Bréfritari: Klemens Björnsson
Viðtakandi: Jón Borgfirðings Jónsson
Dagsetning: A-1859-11-11
Skrifað á: Brekka  Gull.

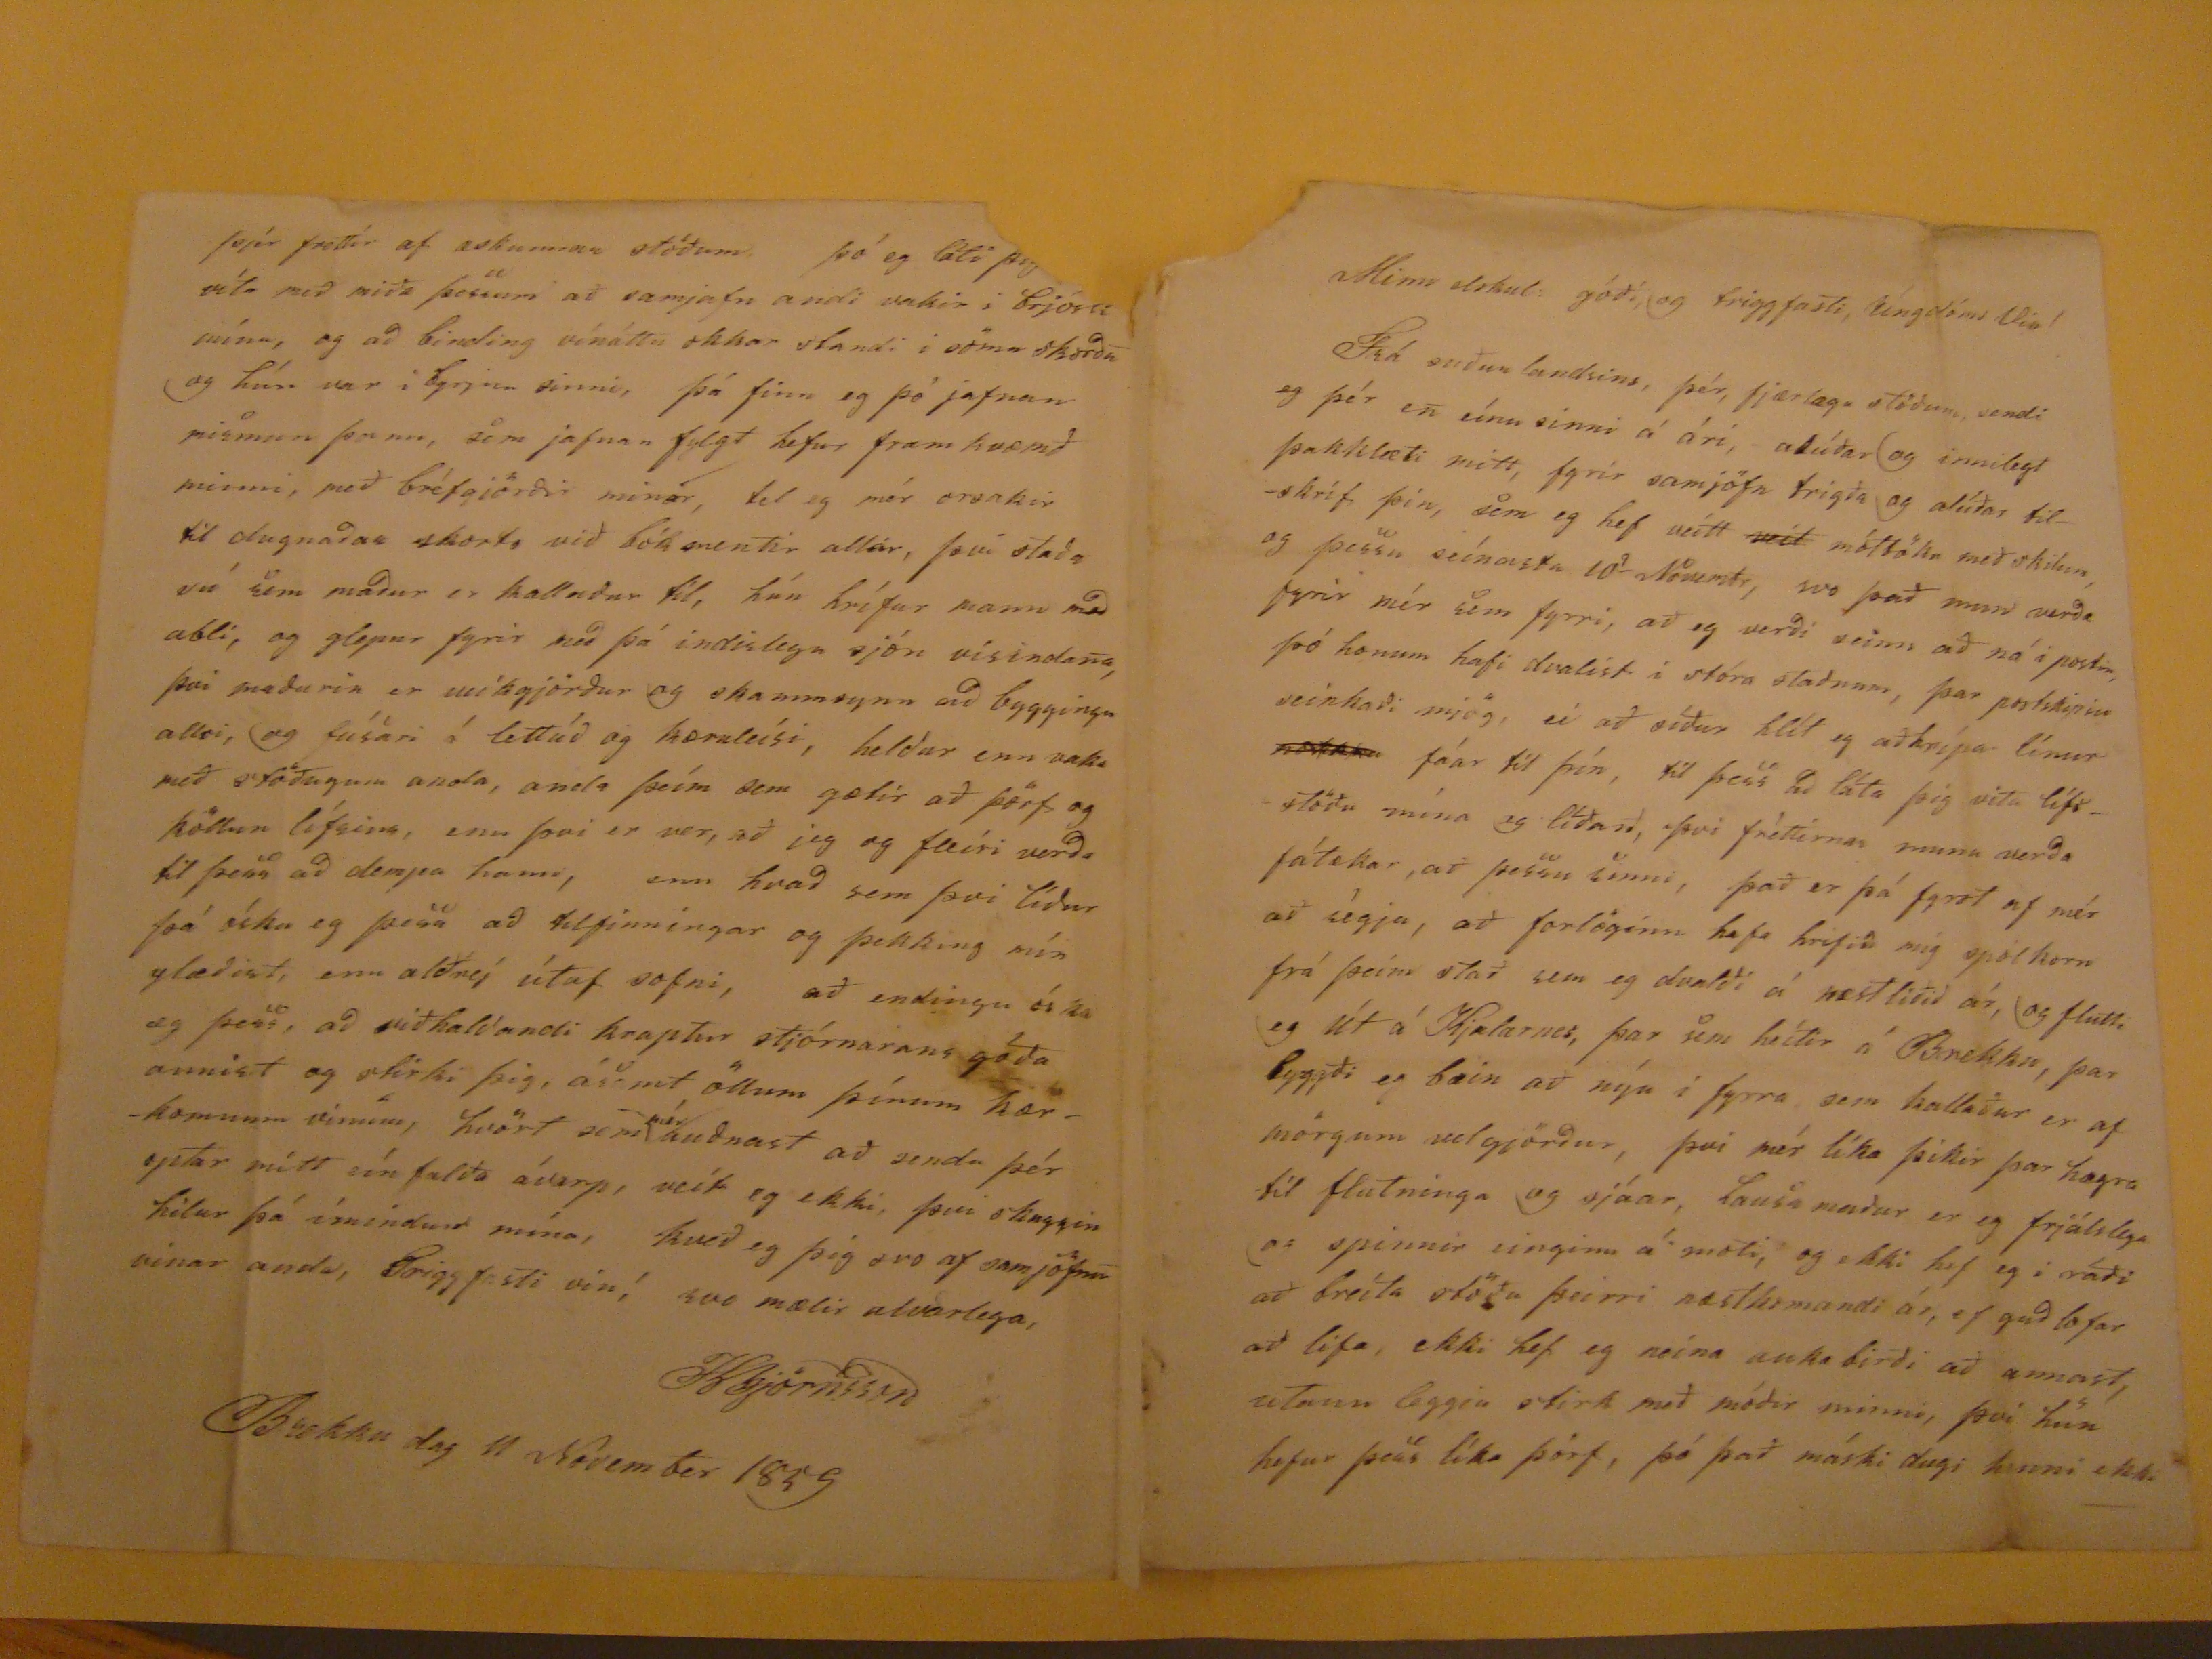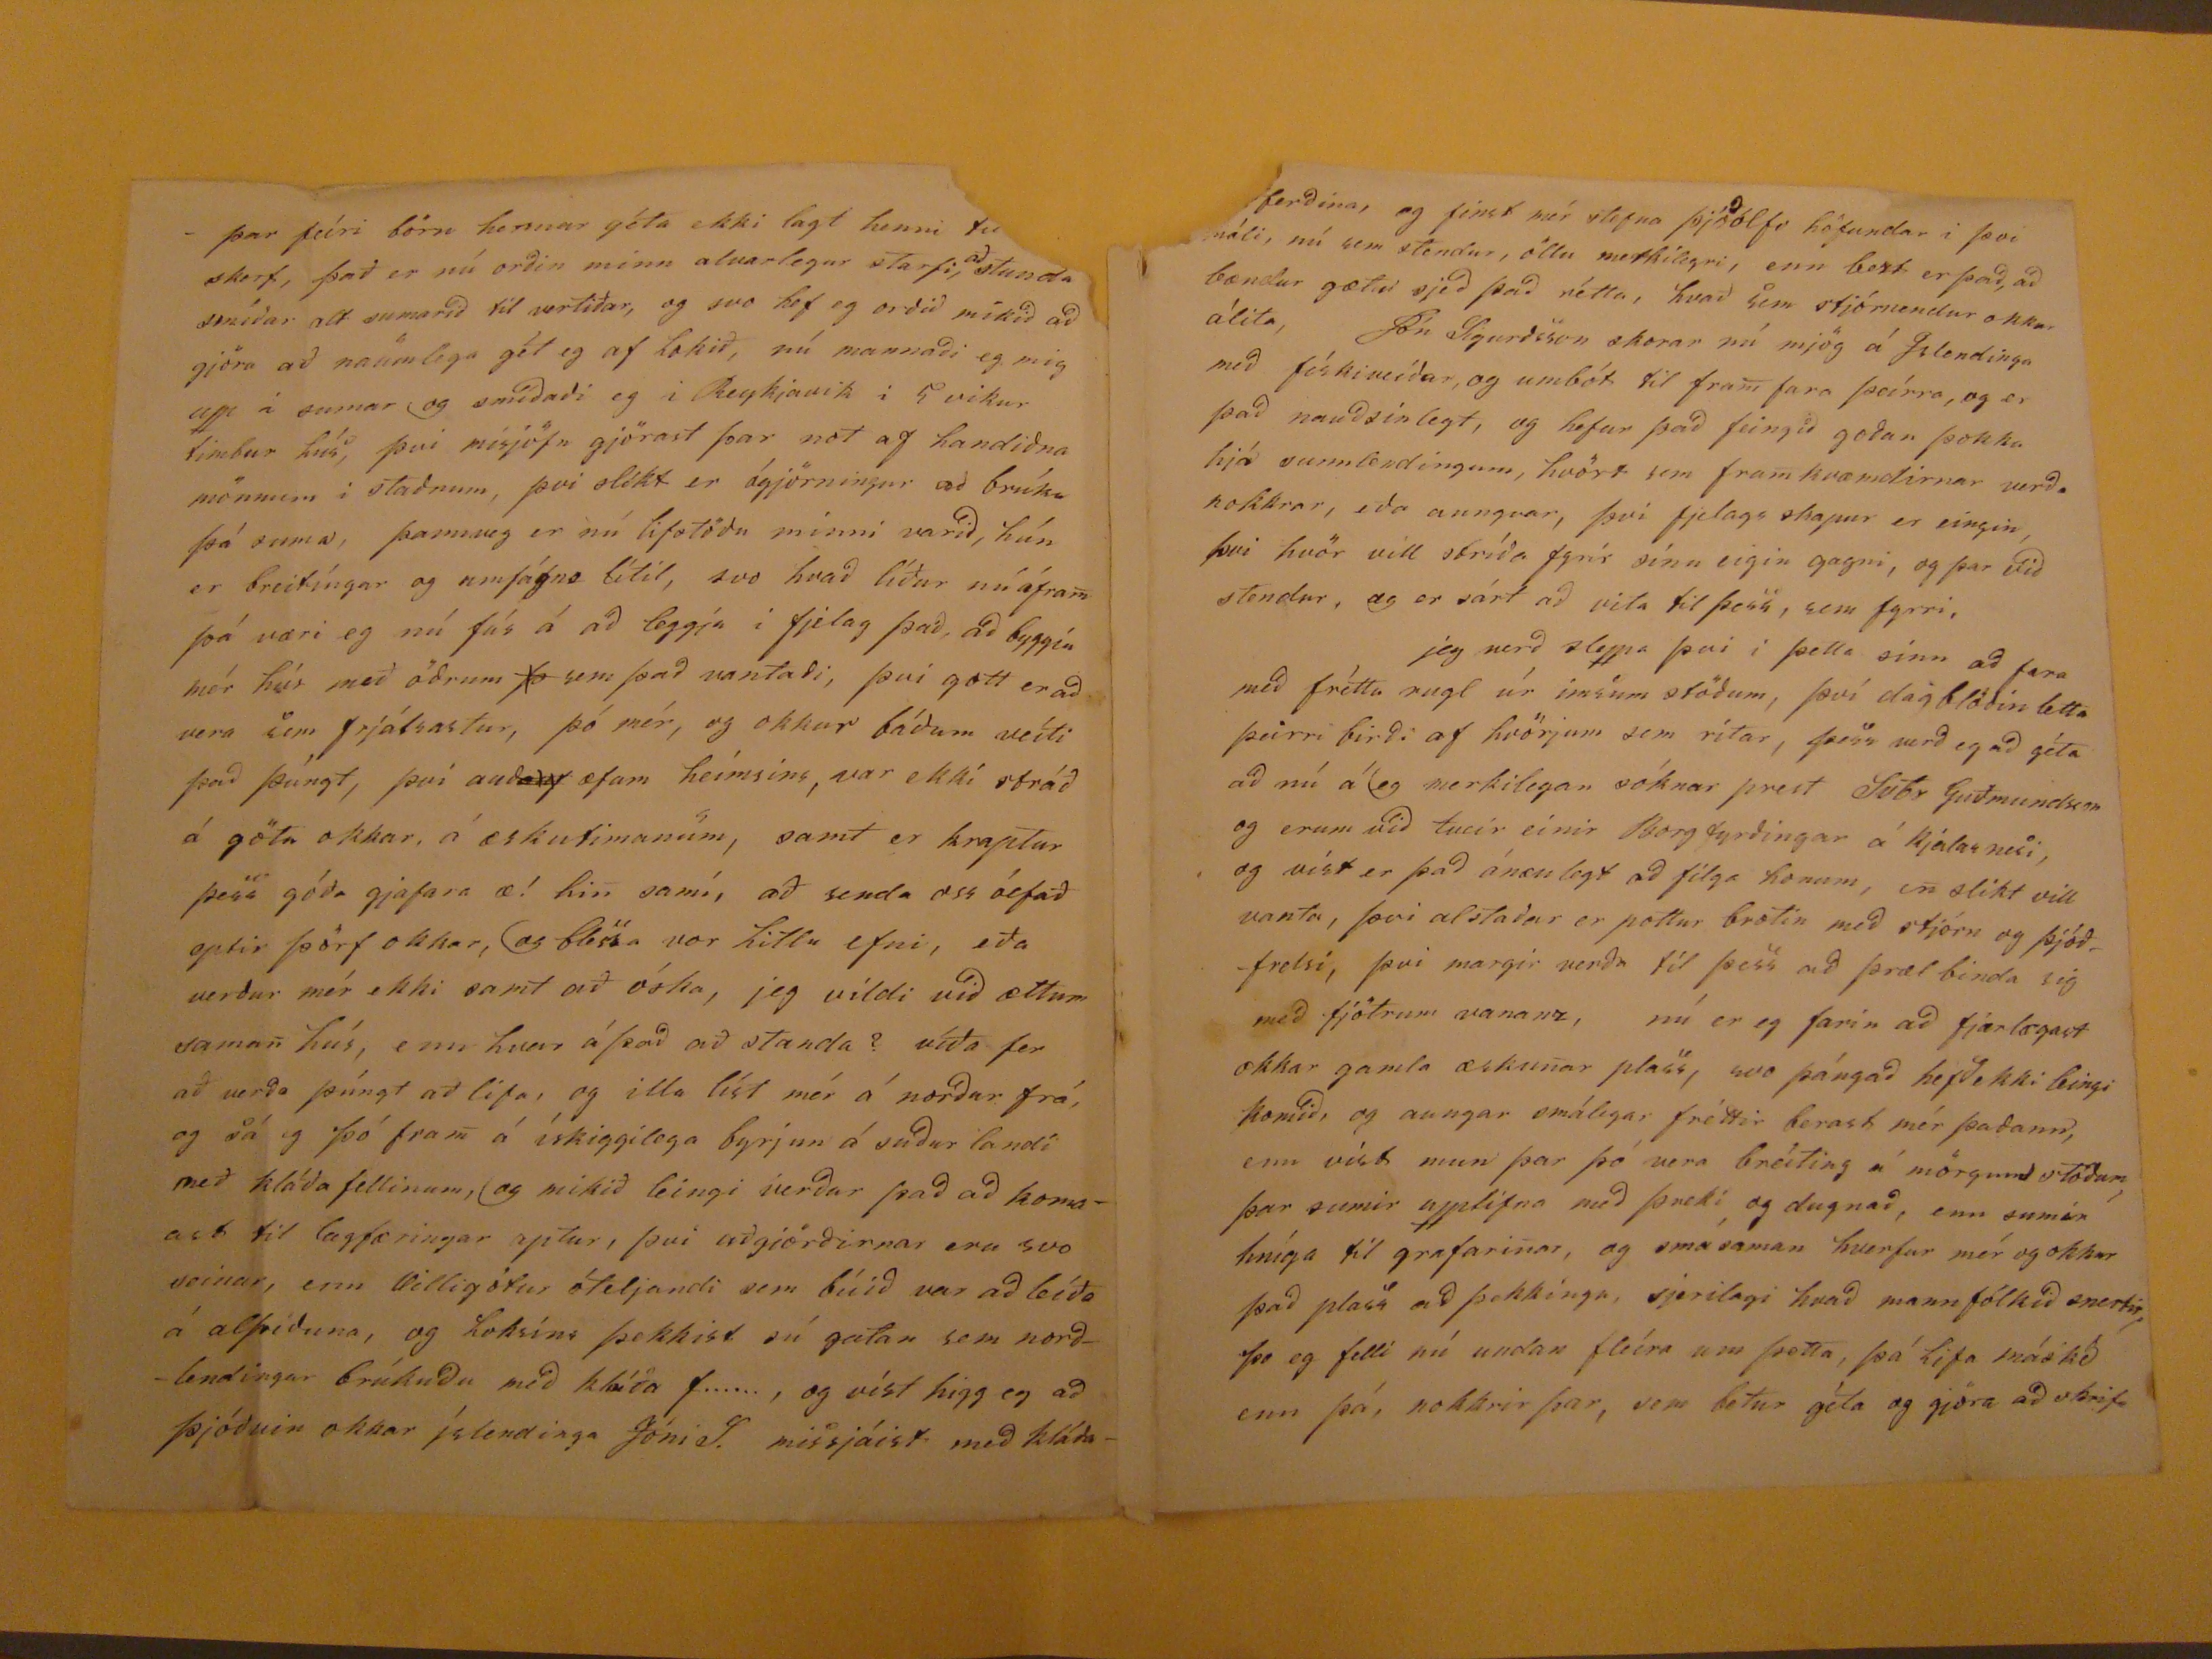

Minn elskul: góði, og triggfasti, Úngdóms Vin!
Frá suður landsins, þér, fjærlægu stöðum sendi eg þér en eínu sinni á ári, alúðar og inniegt þakklæti minn, fyrir samjöfn trigða og alúðar tilskrif þin, sem eg hef veitt
veit
móttöku með skilum, og þessu seínasta 10
a
Nóvembr, svo það mun verða fyrir mér sem fyrri, að eg verði seinn að ná i postin, þó honum hafi dvalist i stóra staðnum, þar postskipin seinkaði mjög, ei að síður hlít eg að krípa línur
nokkra
fáar til þín, til þess að láta þig vita lífsstöðu mína og líðan, þvi fréttirnar munu verða fátækar, að þessu sinni, það er þá fyrst af mér að ségja, að forlöginn hafa hrifið mig spölkorn frá þeim stað sem eg dvalði á næstliðið ár, og flutti eg út á Kjalarnes, þar sem heitir á Brekku, þar byggði eg bæin að nýu í fyrra, sem kallaður er af mörgum velgjörður, þvi mér líka þikir þar hægra til flutnings og sjáar, lausamaður er eg frjálslega og spinnir einginn á moti, og ekki hef eg i ráði að breíta stöðu þeirri næstkomandi ár, ef guð lofar að lifa, ekki hef eg neina aukabirði að annast, utann leggja stirk með móðir minni, því hun hefur þess líka þörf, þó það máski dugi henni ekki
þar fári börn hennar géta ekki lagt henni
til??
skert, það er nú orðin minn alvarlegur starfi,
að
stunda smíðar alt sumarið til vertiðar, og svo hef eg orðið mikið að gjöra að naumlega gét eg af lokið, nú mannaði eg mig upp i sumar og smðiðaði eg i REykjavik i 5 vikur timbur hús, þvi misjöfn gjörast þar not af handiðna mönnum i staðnum, því slíkt er ágjörningur að brúka þá suma, þannveg er nú lifstöðu minni varið, hún er breitíngar og umfágns lítil, svo hvað liður nú áfram þá væri eg nú fús á að leggja i fjelag það, að byggin mér hús með öðrum
þo
sem það vantaði, þvi gott er að vera sem frjálsastur, þó mér, og okkur báðum veíti það þúngt, því auð
auf
æfan heimsins, var ekki stráð á götu okkar, á æskutimanum, samt er kraptur þess góða gjafara æ! him sami, að senda oss óefað eptir þörf okakr, og blessa vor litlu efni, eða verður mér ekki samt að óska, jeg vildi við ættum saman hús, enn hvar á það að standa? víða fer að verða þúngt að lifa, og illa líst mér á norður frá, og sá eg þó fram á ískiggilega byrjun á suður landi með kláða fellinum, og mikið leingi verður það að komaast til lagfæringar aptur, þvi aðgjörðirnar eru svo
veinar
, enn villigötur óteljandi sem búið var að leíða á alþíðuna, og loksins þekkist sú gatan sem norðlendingar brúkuðu með kláða f......, og víst higg eg að þjóðvin okkar íslendinga Jóni J. missjáist með kláða
?ferðina
, og finst mér stefna þjó
ð
ólfs höfundar i þvi máli, nú sem stendur, öllu merkilegri, enn bezt er það, að bændur gætu sjeð það rétta, hvað sem stjórnendur okkar álita, Jón Sigurðsson skorar nú mjög á Islendinga með fískiveiðar, og umbót til fram fara þeírra, og er það nauðsinlegt, og hefur það feingið goðan þokka hjá sunnlendingum, hvört sem framkvæmdirnar verða nokkrar, eða aungvar, þvi fjelags skapur er eingin, þvi hvör vill skríða fyrir sínn eigin gagni, og þar við stendur, og er sárt að vita til þess, sem fyrri, jeg verð sleppa þvi i þetta sinn að fara með frétta rugl úr imsum stöðum, því dagblöðin letta þeirri birði af hvörjum sem ritar, þess verð eg að géta að nú á eg merkilegan sóknar prest Svbr Guðmundsson og erum við tveir einir Borgfyrðingar á Kjalarnesi, og víst er það ánæulegt að filga honum, en slikt vill vanta þvi alstaðar er pottur brotin með stjórn og þjóðfrelsi, þvi margir verða til þess að þrælbinda sig með fjötrum vananz, nú er eg farin að fjærlægast okkar gamla æskunar plass, svo þángað hefðekki leingi komið, og aungvar smálegar fréttir berast mér þaðann, enn víst mun þar þó vera breíting á mörgum stöðum þar sumir upplifna með þreki og dugnað, enn sumir hníga til grafarinar, og smásaman hverfur mér og okkur það plass að þekkiga, sjerilagi hvað mannfólkið snertir, þo eg felli nú undan fleíra um þetta, þá lifa máské enn þá, nokkrir þar, sem betur géta og gjöra að skrifa
þjer frettir af æskunnar stöðum, þó eg láti
þ??
víta með miða þessum að samjafn andi vakir i brjósti mínu, og að binding vínáttu okkar standi i sömu skorðu og hún var i byrjun sinni, þá finn eg þó jafnan mismun þann, sem jafnan fylgt hefur framkvæmð minni, með bréfgiörðir minar, tel eg mér orsakir til dugnaðar skorts við bókmentir allar, því staða sú sem maður er kallaður til, hún hrífur mann með abli, og glepur fyrir með þá indislegu sjón vísindana, því maðurin er veíkgjörður og skammsynn að byggingu allri, og fúsari á lettúð og kæruleísi, heldur enn vaki með stöðugum anda, anda þeím sem gætir að þörf og köllun lífsins, enn þvi er ver, að jeg og fleíri verða til þess að dempa hann, enn hvað sem þvi líður þá óska eg þess að tilfinningar og þekking mín glæðist, enn aðreí útaf sofni, að endingu óska eg þess, að viðhaldandi kraptur stjórnarans góða annist og stirki þig, ásamt öllum þínum kærkomnum vinum, hvört sem
nú
auðnast að senda þér optar
neitt sín falða
ávarp, veít eg ekki þvi skuggin hilur þá ímindun mína, hveð eg þig svo af samjöfnu vinar anda, Triggfasti vin! svo mælir alvarlega,
KBjörnsson
Brekka dag 11 November 1859